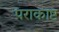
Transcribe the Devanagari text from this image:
पराकाष्ट